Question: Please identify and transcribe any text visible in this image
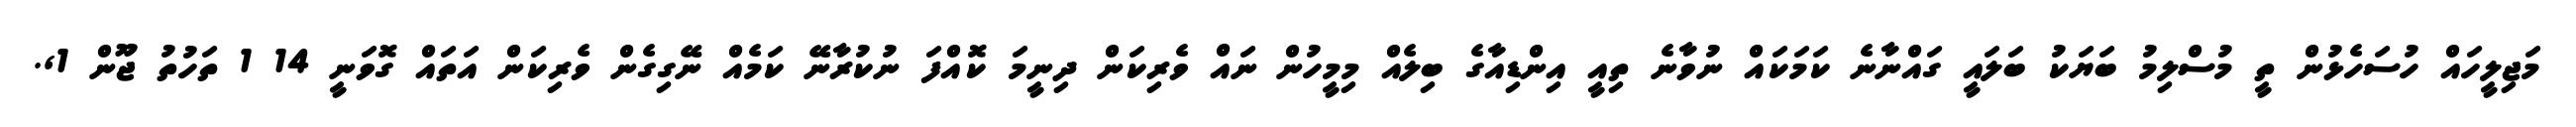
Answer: މަޖިލީހައް ހުސަހެޅުން ތީ މުސްލިމު ބަޔަކު ބަލައީ ގައްނާނެ ކަމަކައް ނުވާނެ ތިއީ އިންޑިއާގެ ބިލެއް މިމީހުން ނައް ވެރިކަން ދިނީމަ ކޮއްފަ ނުކުރާނޭ ކަމެއް ނޭގިގެން ވެރިކަން އަތައް ގޮވަނީ 14 1 ތަހުތު ޖޫން 1,.